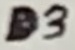
Text: D3